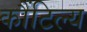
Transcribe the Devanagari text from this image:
कौंटिल्य